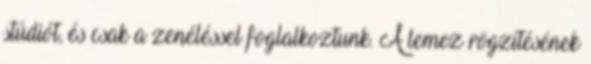
stúdiót, és csak a zenéléssel foglalkoztunk. A lemez rögzítésének